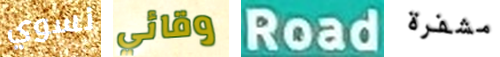
نسوي وقائي Road مشفرة